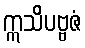
ဣသိပဗ္ဗဇံ